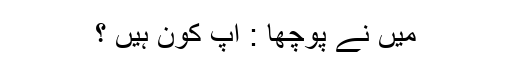
میں نے پوچھا : آپ کون ہیں ؟